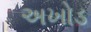
અખોડ